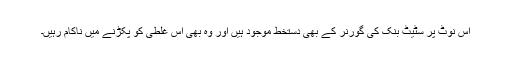
اس نوٹ پر سٹیٹ بنک کی گورنر کے بھی دستخط موجود ہیں اور وہ بھی اس غلطی کو پکڑنے میں ناکام رہیں۔